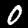
Label: 0